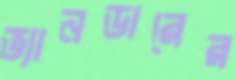
ভ্যানডারের